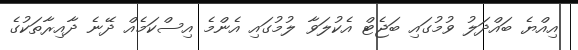
އިއްޔެ ބައްދަލު ވުމުގައި ބަޖެޓް އެކުލަވާ ލުމުގައި އެންމެ އިސްކަމެއް ދޭނެ ދާއިރާތަކުގެ